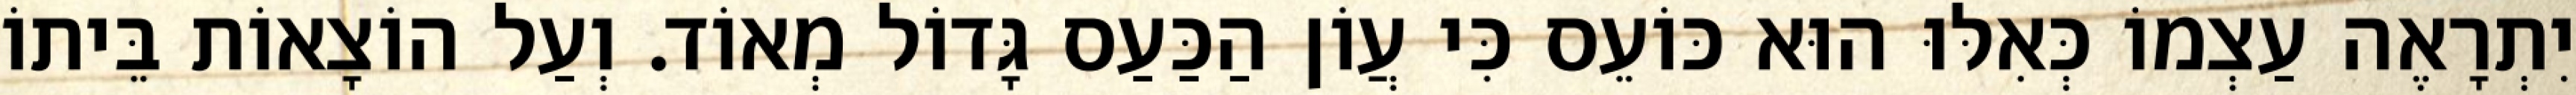
יִתְרָאֶה עַצְמוֹ כְּאִלּוּ הוּא כּוֹעֵס כִּי עֲוֹן הַכַּעַס גָּדוֹל מְאוֹד. וְעַל הוֹצָאוֹת בֵּיתוֹ